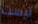
ليست